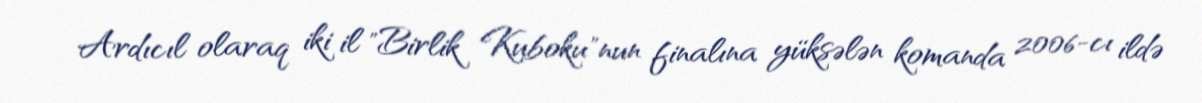
Ardıcıl olaraq iki il "Birlik Kuboku"nun finalına yüksələn komanda 2006-cı ildə